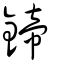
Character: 鍗